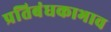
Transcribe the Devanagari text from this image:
प्रतिबंधकाभाव